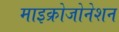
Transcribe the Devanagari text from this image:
माइक्रोजोनेशन